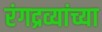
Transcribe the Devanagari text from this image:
रंगद्रव्यांच्या